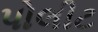
પોલીટ